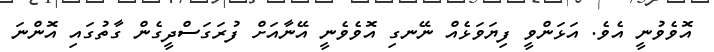
އޮވެވުނީ އެވެ. އަޅަންވީ ފިޔަވަޅެއް ނޭނގި އޮވެވެނީ އޭނާއަށް ފުރަގަސްދީގެން ގާތުގައި އޮންނަ